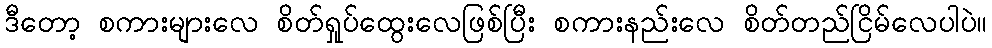
ဒီတော့ စကားများလေ စိတ်ရှုပ်ထွေးလေဖြစ်ပြီး စကားနည်းလေ စိတ်တည်ငြိမ်လေပါပဲ။